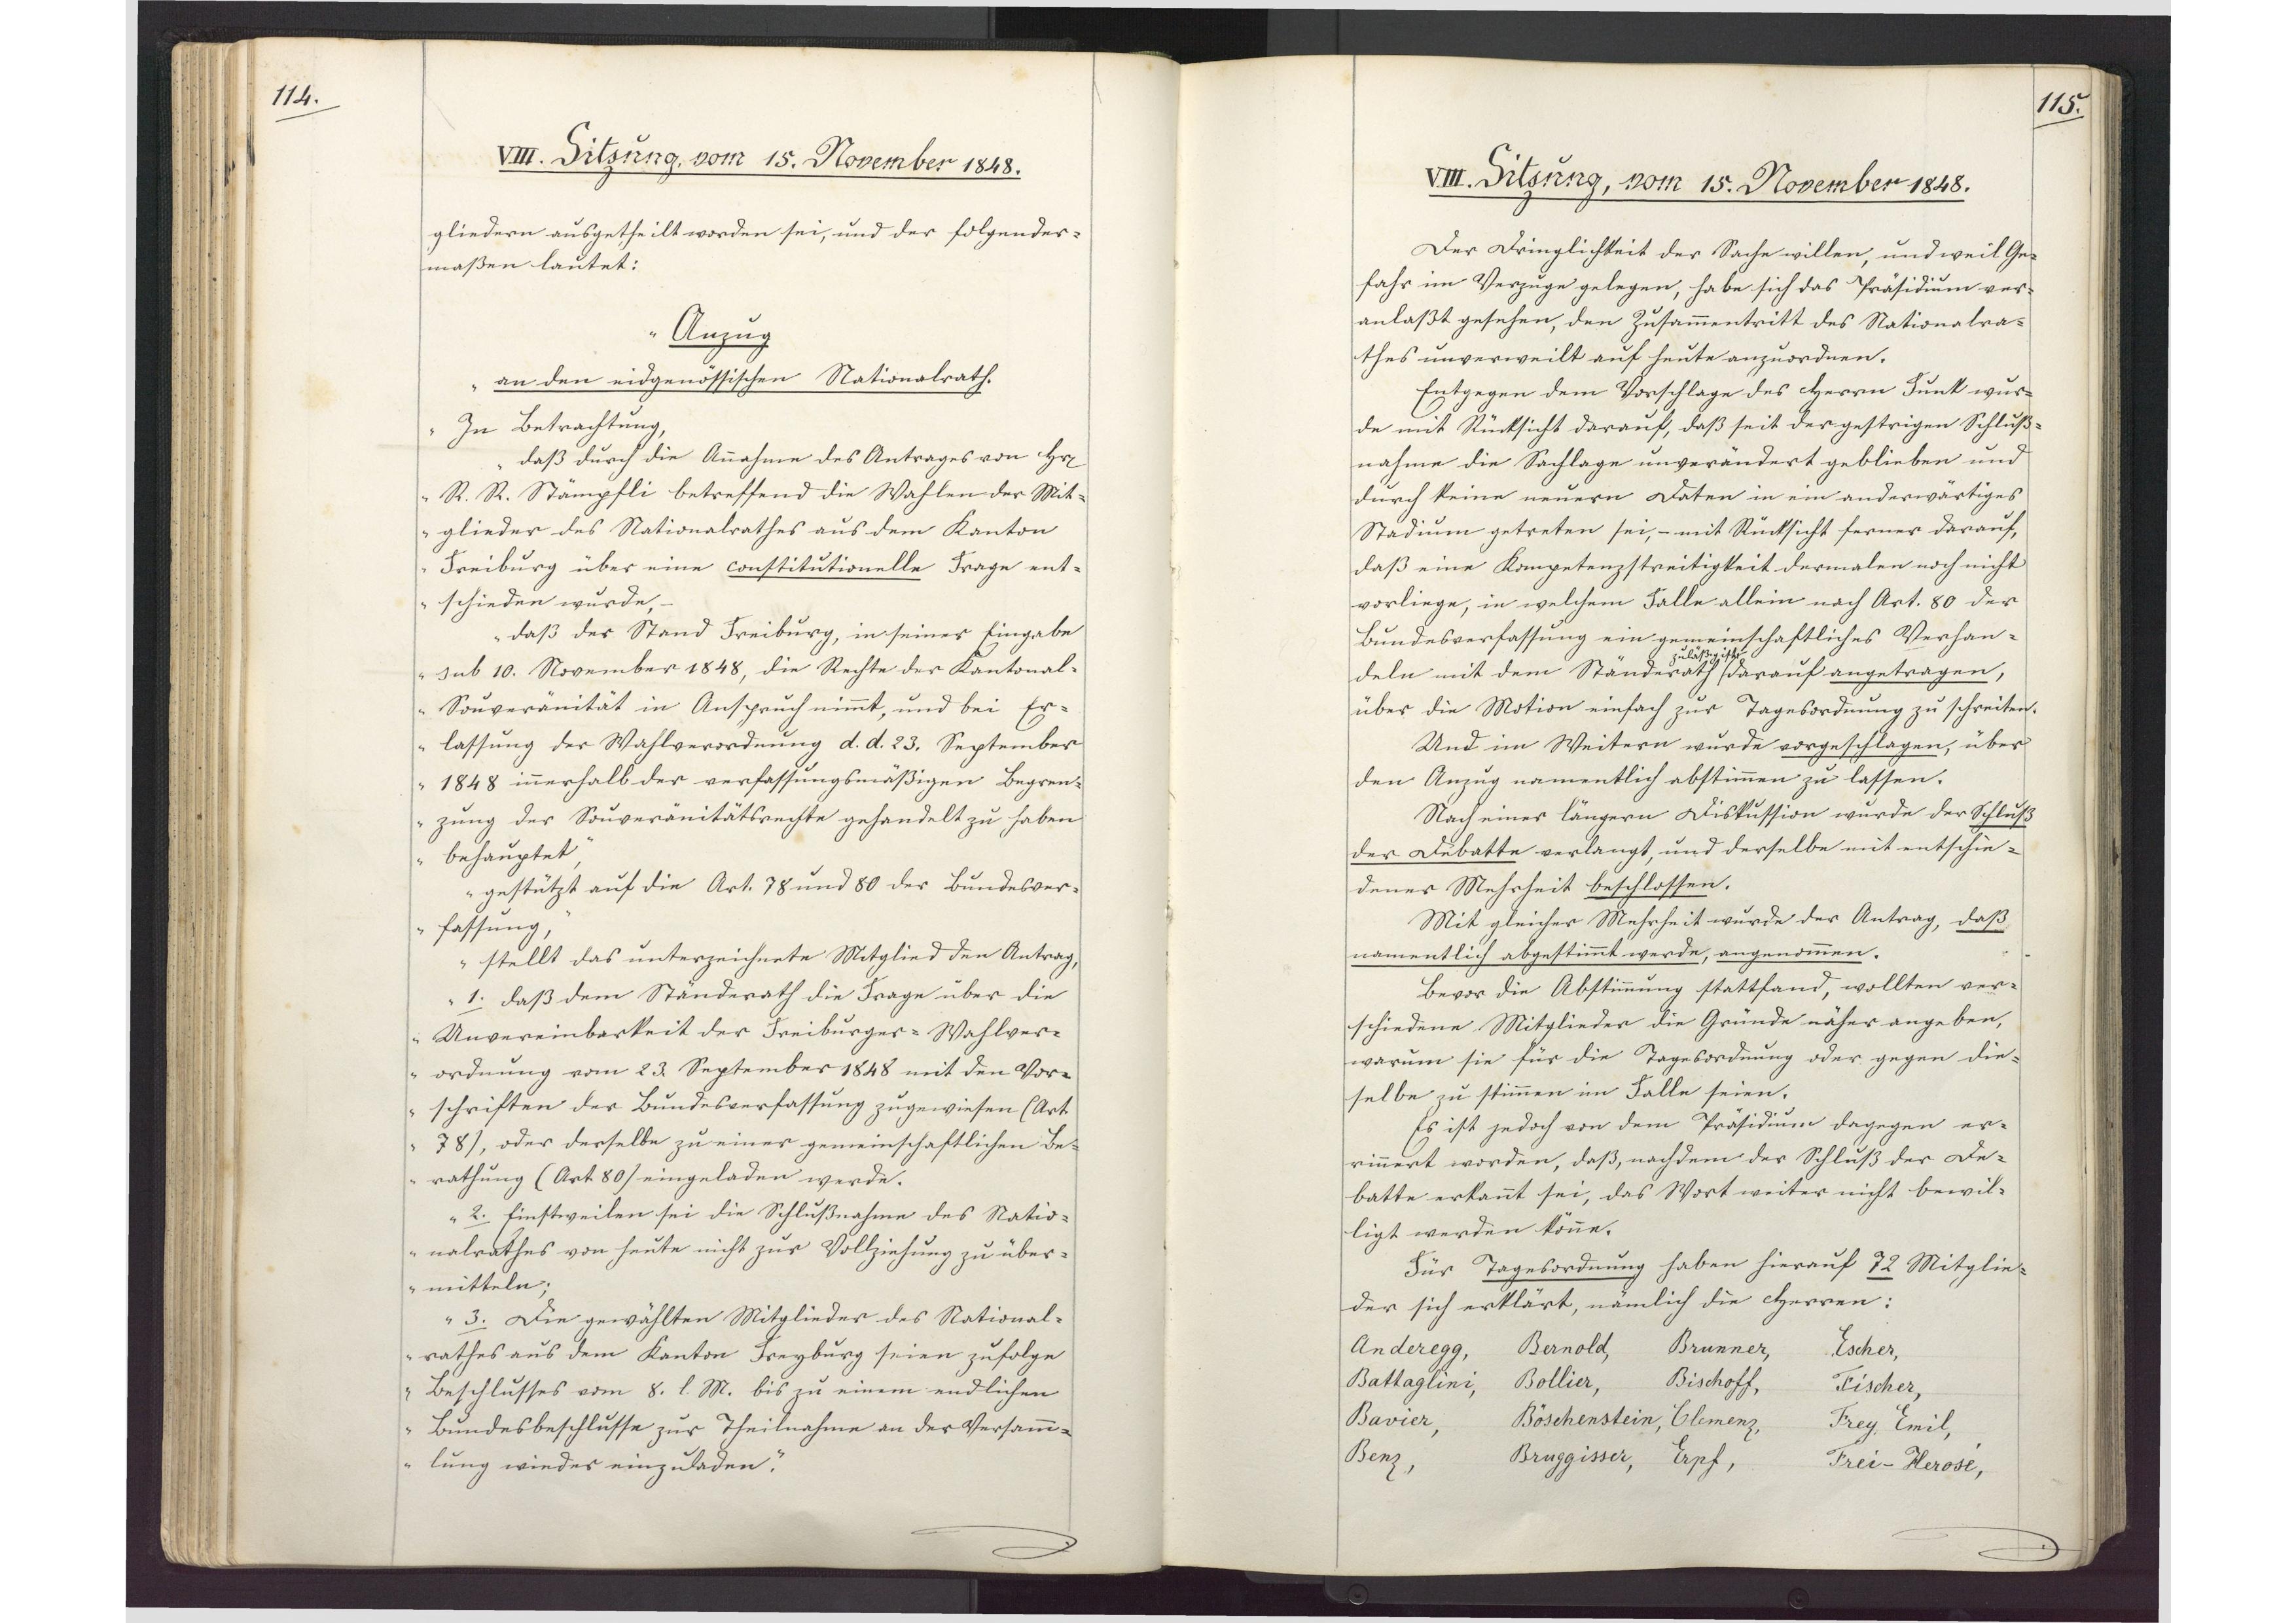
114.

VIII. Sitzung, vom 15. November 1848.

gliedern ausgetheilt worden sei, und der folgender¬
maßen lautet:
"Anzug
an den eidgenössischen Nationalrath.
In Betrachtung,
daß durch die Annahme des Antrages von Herrn
R. R. Stämpfli betreffend die Wahlen der Mit¬
glieder des Nationalrathes aus dem Kanton
Freiburg über eine constitutionelle Frage ent¬
schieden wurde,
daß der Stand Freiburg, in seiner Eingabe
sub 10. November 1848, die Rechte der Kantonal¬
Souveränität in Anspruch nimmt, und bei Er¬
lassung der Wahlverordnung d. d. 23. September
1848 innerhalb der verfassungsmäßigen Begren¬
zung der Souveränitätsrechte gehandelt zu haben
behauptet,
gestützt auf die Art. 78 und 80 der Bundesver¬
fassung,
stellt das unterzeichnete Mitglied den Antrag,
1. daß dem Ständerath die Frage über die
Unvereinbarkeit der Freiburger-Wahlver¬
ordnung vom 23. September 1848 mit den Vor¬
schriften der Bundesverfassung zugewiesen (Art
78), oder derselbe zu einer gemeinschaftlichen Be¬
rathung (Art 80) eingeladen werde.
2. Einstweilen sei die Schlußnahme des Natio¬
nalrathes von heute nicht zur Vollziehung zu über¬
mitteln;
3. Die gewählten Mitglieder des National¬
rathes aus dem Kanton Freyburg seien zufolge
Beschlusses vom 8. l. M. bis zu einem endlichen
Bundesbeschlusse zur Theilnahme an der Versamm¬
lung wieder einzuladen."

115.

VIII. Sitzung, vom 15. November 1848.

Der Dringlichkeit der Sache willen, und weil Ge¬
fahr im Verzuge gelegen, habe sich das Präsidium ver¬
anlaßt gesehen, den Zusammentritt des Nationalra¬
thes unverweilt auf heute anzuordnen.
Entgegen dem Vorschlage des Herrn Funk wur¬
de mit Rücksicht darauf, daß seit der gestrigen Schluß¬
nahme die Sachlage unverändert geblieben und
durch keine neuern Daten in ein anderwärtiges
Stadium getreten sei, - mit Rücksicht ferner darauf,
daß eine Kompetenzstreitigkeit dermalen noch nicht
vorliege, in welchem Falle allein nach Art. 80 der
Bundesverfassung ein gemeinschaftliches Verhan¬
deln mit dem Ständerath * darauf angetragen,
* zuläßig ist
über die Motion einfach zur Tagesordnung zu schreiten.
Und im Weitern wurde vorgeschlagen, über
den Anzug namentlich abstimmen zu lassen.
Nach einer längern Diskussion wurde der Schluß
der Debatte verlangt, und derselbe mit entschie¬
dener Mehrheit beschlossen.
Mit gleicher Mehrheit wurde der Antrag, daß
namentlich abgestimmt werde, angenommen.
Bevor die Abstimmung stattfand, wollten ver¬
schiedene Mitglieder die Gründe näher angeben,
warum sie für die Tagesordnung oder gegen die¬
selbe zu stimmen im Falle seien.
Es ist jedoch von dem Präsidium dagegen er¬
rinnert worden, daß, nachdem der Schluß der De¬
batte erkannt sei, das Wort weiter nicht bewil¬
ligt werden könne.
Für Tagesordnung haben hierauf 72 Mitglie¬
der sich erklärt, nämlich die Herren:
Anderegg,
Bernold,
Brunner,
Escher,
Battaglini,
Bollier,
Bischoff,
Fischer,
Bavier,
Böschenstein,
Clemenz
Frey Emil,
Benz,
Bruggisser,
Erpf,
Frei-Herosé,